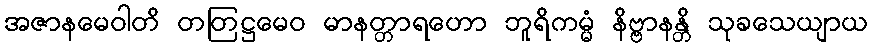
အဇာနမေဝါတိ တတြဋ္ဌမေဝ မာနတ္တာရဟော ဘူရိကမ္မံ နိဗ္ဗာနန္တိ သုခသေယျာယ